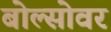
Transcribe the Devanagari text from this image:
बोल्सोवर